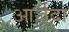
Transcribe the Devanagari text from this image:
आर्ज़दा